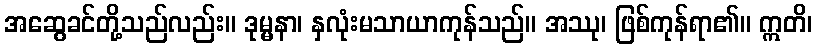
အဆွေခင်တို့သည်လည်း။ ဒုမ္မနာ၊ နှလုံးမသာယာကုန်သည်။ အဿု၊ ဖြစ်ကုန်ရာ၏။ ဣတိ၊